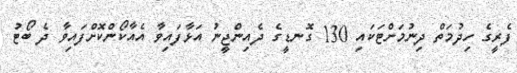
ފެރީގެ ހިދުމަތް ދިނުމަށްޓަކައި 130 ގޮނޑީގެ ދެއިންޖީނު އަޅާފައިވާ އެއާކޯންކޮށްފައިވާ ދެ ބޯޓު